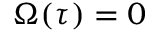
\Omega ( \tau ) = 0